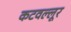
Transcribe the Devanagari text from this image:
कटवल्लूर